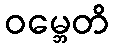
ဝမ္ဘေတိ